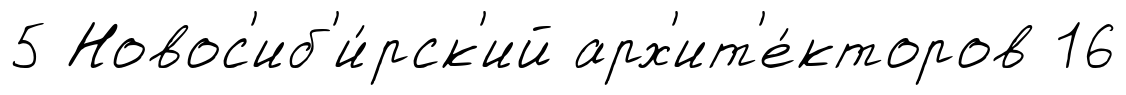
5 Новос'иб'и́рск'ий арх'ит'е́кторов 16